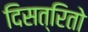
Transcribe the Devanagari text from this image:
दिसत्रितो